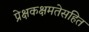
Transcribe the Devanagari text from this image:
प्रेक्षकक्षमतेसहित